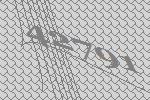
42791